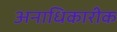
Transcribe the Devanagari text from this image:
अनाधिकारीक